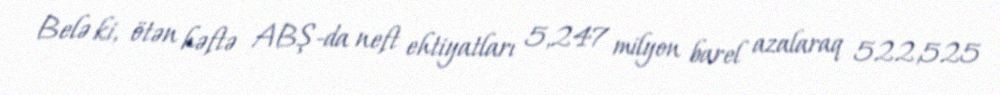
Belə ki, ötən həftə ABŞ-da neft ehtiyatları 5,247 milyon barel azalaraq 522,525